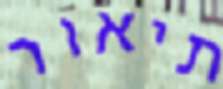
תיאור